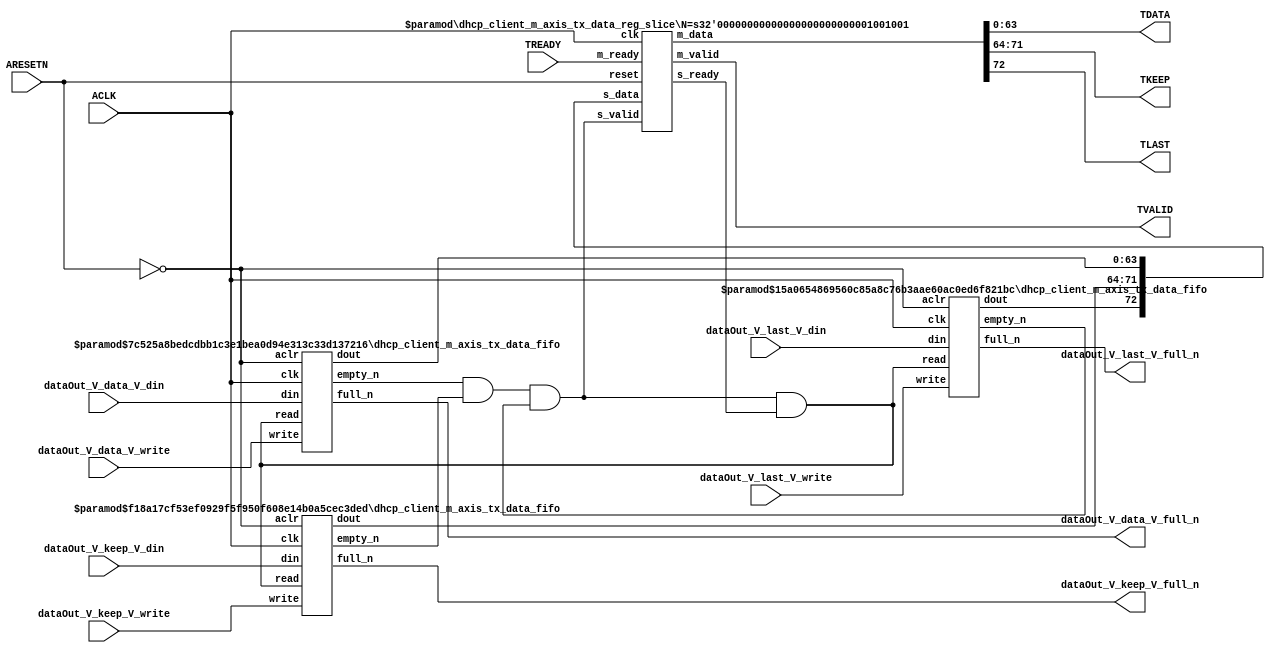
// This program was cloned from: https://github.com/mustafabbas/ECE1373_2016_hft_on_fpga
// License: MIT License

// ==============================================================
// File generated by Vivado(TM) HLS - High-Level Synthesis from C, C++ and SystemC
// Version: 2015.1
// Copyright (C) 2015 Xilinx Inc. All rights reserved.
// 
// ==============================================================


`timescale 1ns/1ps

module dhcp_client_m_axis_tx_data_if (
    // AXI4-Stream singals
    input  wire        ACLK,
    input  wire        ARESETN,
    output wire        TVALID,
    input  wire        TREADY,
    output wire [63:0] TDATA,
    output wire [7:0]  TKEEP,
    output wire [0:0]  TLAST,
    // User signals
    input  wire [63:0] dataOut_V_data_V_din,
    output wire        dataOut_V_data_V_full_n,
    input  wire        dataOut_V_data_V_write,
    input  wire [7:0]  dataOut_V_keep_V_din,
    output wire        dataOut_V_keep_V_full_n,
    input  wire        dataOut_V_keep_V_write,
    input  wire [0:0]  dataOut_V_last_V_din,
    output wire        dataOut_V_last_V_full_n,
    input  wire        dataOut_V_last_V_write
);
//------------------------Local signal-------------------
// FIFO
wire [0:0]  fifo_read;
wire [0:0]  fifo_empty_n;
wire [63:0] dataOut_V_data_V_dout;
wire [0:0]  dataOut_V_data_V_empty_n;
wire [7:0]  dataOut_V_keep_V_dout;
wire [0:0]  dataOut_V_keep_V_empty_n;
wire [0:0]  dataOut_V_last_V_dout;
wire [0:0]  dataOut_V_last_V_empty_n;
// register slice
wire [0:0]  s_valid;
wire [0:0]  s_ready;
wire [72:0] s_data;
wire [0:0]  m_valid;
wire [0:0]  m_ready;
wire [72:0] m_data;

//------------------------Instantiation------------------
// rs
dhcp_client_m_axis_tx_data_reg_slice #(
    .N       ( 73 )
) rs (
    .clk     ( ACLK ),
    .reset   ( ARESETN ),
    .s_data  ( s_data ),
    .s_valid ( s_valid ),
    .s_ready ( s_ready ),
    .m_data  ( m_data ),
    .m_valid ( m_valid ),
    .m_ready ( m_ready )
);

// dataOut_V_data_V_fifo
dhcp_client_m_axis_tx_data_fifo #(
    .DATA_BITS  ( 64 ),
    .DEPTH_BITS ( 4 )
) dataOut_V_data_V_fifo (
    .clk        ( ACLK ),
    .aclr       ( ~ARESETN ),
    .empty_n    ( dataOut_V_data_V_empty_n ),
    .full_n     ( dataOut_V_data_V_full_n ),
    .read       ( fifo_read ),
    .write      ( dataOut_V_data_V_write ),
    .dout       ( dataOut_V_data_V_dout ),
    .din        ( dataOut_V_data_V_din )
);

// dataOut_V_keep_V_fifo
dhcp_client_m_axis_tx_data_fifo #(
    .DATA_BITS  ( 8 ),
    .DEPTH_BITS ( 4 )
) dataOut_V_keep_V_fifo (
    .clk        ( ACLK ),
    .aclr       ( ~ARESETN ),
    .empty_n    ( dataOut_V_keep_V_empty_n ),
    .full_n     ( dataOut_V_keep_V_full_n ),
    .read       ( fifo_read ),
    .write      ( dataOut_V_keep_V_write ),
    .dout       ( dataOut_V_keep_V_dout ),
    .din        ( dataOut_V_keep_V_din )
);

// dataOut_V_last_V_fifo
dhcp_client_m_axis_tx_data_fifo #(
    .DATA_BITS  ( 1 ),
    .DEPTH_BITS ( 4 )
) dataOut_V_last_V_fifo (
    .clk        ( ACLK ),
    .aclr       ( ~ARESETN ),
    .empty_n    ( dataOut_V_last_V_empty_n ),
    .full_n     ( dataOut_V_last_V_full_n ),
    .read       ( fifo_read ),
    .write      ( dataOut_V_last_V_write ),
    .dout       ( dataOut_V_last_V_dout ),
    .din        ( dataOut_V_last_V_din )
);

//------------------------Body---------------------------
//++++++++++++++++++++++++AXI4-Stream++++++++++++++++++++
assign TVALID = m_valid;
assign TDATA  = m_data[63:0];
assign TKEEP  = m_data[71:64];
assign TLAST  = m_data[72:72];

//+++++++++++++++++++++++++++++++++++++++++++++++++++++++

//++++++++++++++++++++++++Reigister Slice++++++++++++++++
assign s_valid = fifo_empty_n;
assign m_ready = TREADY;
assign s_data  = {dataOut_V_last_V_dout, dataOut_V_keep_V_dout, dataOut_V_data_V_dout};

//+++++++++++++++++++++++++++++++++++++++++++++++++++++++

//++++++++++++++++++++++++FIFO+++++++++++++++++++++++++++
assign fifo_read    = fifo_empty_n & s_ready;
assign fifo_empty_n = dataOut_V_data_V_empty_n & dataOut_V_keep_V_empty_n & dataOut_V_last_V_empty_n;

//+++++++++++++++++++++++++++++++++++++++++++++++++++++++

endmodule



`timescale 1ns/1ps

module dhcp_client_m_axis_tx_data_fifo
#(parameter
    DATA_BITS  = 8,
    DEPTH_BITS = 4
)(
    input  wire                 clk,
    input  wire                 aclr,
    output wire                 empty_n,
    output wire                 full_n,
    input  wire                 read,
    input  wire                 write,
    output wire [DATA_BITS-1:0] dout,
    input  wire [DATA_BITS-1:0] din
);
//------------------------Parameter----------------------
localparam
    DEPTH = 1 << DEPTH_BITS;
//------------------------Local signal-------------------
reg                   empty;
reg                   full;
reg  [DEPTH_BITS-1:0] index;
reg  [DATA_BITS-1:0]  mem[0:DEPTH-1];
//------------------------Body---------------------------
assign empty_n = ~empty;
assign full_n  = ~full;
assign dout    = mem[index];

// empty
always @(posedge clk or posedge aclr) begin
    if (aclr)
        empty <= 1'b1;
    else if (empty & write & ~read)
        empty <= 1'b0;
    else if (~empty & ~write & read & (index==1'b0))
        empty <= 1'b1;
end

// full
always @(posedge clk or posedge aclr) begin
    if (aclr)
        full <= 1'b0;
    else if (full & read & ~write)
        full <= 1'b0;
    else if (~full & ~read & write & (index==DEPTH-2'd2))
        full <= 1'b1;
end

// index
always @(posedge clk or posedge aclr) begin
    if (aclr)
        index <= {DEPTH_BITS{1'b1}};
    else if (~empty & ~write & read)
        index <= index - 1'b1;
    else if (~full & ~read & write)
        index <= index + 1'b1;
end

// mem
always @(posedge clk) begin
    if (~full & write) mem[0] <= din;
end

genvar i;
generate
    for (i = 1; i < DEPTH; i = i + 1) begin : gen_sr
        always @(posedge clk) begin
            if (~full & write) mem[i] <= mem[i-1];
        end
    end
endgenerate

endmodule

`timescale 1ns/1ps

module dhcp_client_m_axis_tx_data_reg_slice
#(parameter
    N = 8   // data width
) (
    // system signals
    input  wire         clk,
    input  wire         reset,
    // slave side
    input  wire [N-1:0] s_data,
    input  wire         s_valid,
    output wire         s_ready,
    // master side
    output wire [N-1:0] m_data,
    output wire         m_valid,
    input  wire         m_ready
);
//------------------------Parameter----------------------
// state
localparam [1:0]
    ZERO = 2'b10,
    ONE  = 2'b11,
    TWO  = 2'b01;
//------------------------Local signal-------------------
reg  [N-1:0] data_p1;
reg  [N-1:0] data_p2;
wire         load_p1;
wire         load_p2;
wire         load_p1_from_p2;
reg          s_ready_t;
reg  [1:0]   state;
reg  [1:0]   next;
//------------------------Body---------------------------
assign s_ready = s_ready_t;
assign m_data  = data_p1;
assign m_valid = state[0];

assign load_p1 = (state == ZERO && s_valid) ||
                 (state == ONE && s_valid && m_ready) ||
                 (state == TWO && m_ready);
assign load_p2 = s_valid & s_ready;
assign load_p1_from_p2 = (state == TWO);

// data_p1
always @(posedge clk) begin
    if (load_p1) begin
        if (load_p1_from_p2)
            data_p1 <= data_p2;
        else
            data_p1 <= s_data;
    end
end

// data_p2
always @(posedge clk) begin
    if (load_p2) data_p2 <= s_data;
end

// s_ready_t
always @(posedge clk) begin
    if (~reset)
        s_ready_t <= 1'b0;
    else if (state == ZERO)
        s_ready_t <= 1'b1;
    else if (state == ONE && next == TWO)
        s_ready_t <= 1'b0;
    else if (state == TWO && next == ONE)
        s_ready_t <= 1'b1;
end

// state
always @(posedge clk) begin
    if (~reset)
        state <= ZERO;
    else
        state <= next;
end

// next
always @(*) begin
    case (state)
        ZERO:
            if (s_valid & s_ready)
                next = ONE;
            else
                next = ZERO;
        ONE:
            if (~s_valid & m_ready)
                next = ZERO;
            else if (s_valid & ~m_ready)
                next = TWO;
            else
                next = ONE;
        TWO:
            if (m_ready)
                next = ONE;
            else
                next = TWO;
        default:
            next = ZERO;
    endcase
end

endmodule